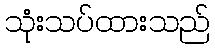
သုံးသပ်ထားသည်